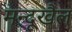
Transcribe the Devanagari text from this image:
मन्दूखैल